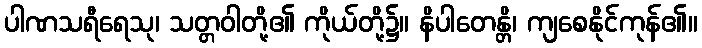
ပါဏသရီရေသု၊ သတ္တဝါတို့၏ ကိုယ်တို့၌။ နိပါတေန္တိ၊ ကျစေနိုင်ကုန်၏။